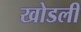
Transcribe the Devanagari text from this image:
खोडली